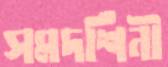
সমদর্শিনী